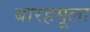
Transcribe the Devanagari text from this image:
बारहमूला